Indian journal of veterinary science and animal husbandry - Volume 10,
Year: 1940
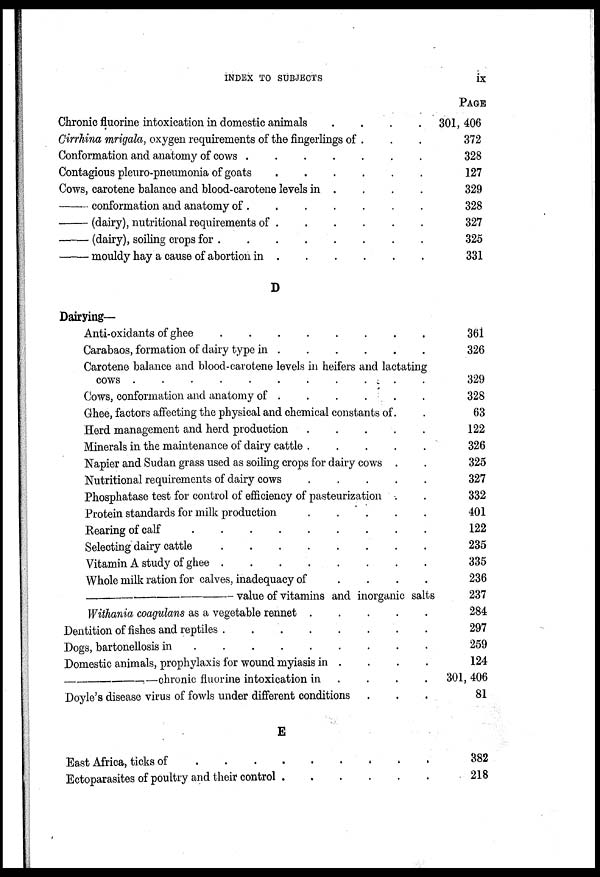
INDEX TO SUBJECTS
ix
Chronic fluorine intoxication in domestic animals
.
.
.
.
Cirrhina mrigala, oxygen requirements of the fingerlings of . . .
Conformation and anatomy of cows . . . . . . . .
Contagious pleuro-pneumonia of goats
.
.
.
.
.
.
Cows, carotene balance and blood-carotene levels in . . . . .
—conformation
and anatomy of . . . . . . . .
—(dairy),
nutritional requirements of . . . . . . . .
—(dairy),
soiling crops for
.
.
.
.
.
.
.
.
—mouldy
hay a cause of abortion in . . . . . . . .
D
Dairying—
Anti-oxidants of ghee
.
.
.
.
.
.
.
.
Carabaos, formation of dairy type in . . . . . . . .
Carotene balance and blood-carotene levels in heifers and lactating
cows .
.
.
.
.
.
.
.
.
.
.
Cows, conformation and anatomy of . . . . . . . .
Ghee, factors affecting the physical and chemical constants of. .
Herd management and herd production
.
.
.
.
Minerals in the maintenance of dairy cattle .
.
.
.
.
Napier and Sudan grass used as soiling crops for dairy cows . .
Nutritional requirements of dairy cows
.
.
.
.
Phosphatase test for control of efficiency of pasteurization . .
Protein standards for milk production
.
.
.
.
.
Rearing of calf
.
.
.
.
.
.
.
.
Selecting dairy cattle
.
.
.
.
.
.
.
.
Vitamin A study of ghee
.
.
.
.
.
.
.
.
Whole milk ration for calves, inadequacy of
.
.
.
.
—value
of vitamins and inorganic salts
Withania coagulans as a vegetable rennet .
.
.
.
.
Dentition of fishes and reptiles
.
.
.
.
.
.
.
.
Dogs, bartonellosis in
.
.
.
.
.
.
.
.
Domestic animals, prophylaxis for wound myiasis in . . . .
—chronic
fluorine
intoxication in .
.
.
.
Doyle's disease virus of fowls under different conditions . . .
E
East Africa, ticks of . . . . . . . . . .
Ectoparasites of poultry and their control . . . . . . . .
PAGE
301, 406
372
328
127
329
328
327
325
331
361
326
329
328
63
122
326
325
327
332
401
122
235
335
236
237
284
297
259
124
301, 406
81
382
218